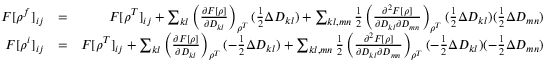
\begin{array} { r l r } { F [ \rho ^ { f } ] _ { i j } } & { = } & { F [ \rho ^ { T } ] _ { i j } + \sum _ { k l } \left( \frac { \partial F [ \rho ] } { \partial D _ { k l } } \right) _ { \rho ^ { T } } ( \frac { 1 } { 2 } \Delta D _ { k l } ) + \sum _ { k l , m n } \frac { 1 } { 2 } \left( \frac { \partial ^ { 2 } F [ \rho ] } { \partial D _ { k l } \partial D _ { m n } } \right) _ { \rho ^ { T } } ( \frac { 1 } { 2 } \Delta D _ { k l } ) ( \frac { 1 } { 2 } \Delta D _ { m n } ) } \\ { F [ \rho ^ { i } ] _ { i j } } & { = } & { F [ \rho ^ { T } ] _ { i j } + \sum _ { k l } \left( \frac { \partial F [ \rho ] } { \partial D _ { k l } } \right) _ { \rho ^ { T } } ( - \frac { 1 } { 2 } \Delta D _ { k l } ) + \sum _ { k l , m n } \frac { 1 } { 2 } \left( \frac { \partial ^ { 2 } F [ \rho ] } { \partial D _ { k l } \partial D _ { m n } } \right) _ { \rho ^ { T } } ( - \frac { 1 } { 2 } \Delta D _ { k l } ) ( - \frac { 1 } { 2 } \Delta D _ { m n } ) } \end{array}